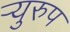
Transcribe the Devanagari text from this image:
र्‍युरुप